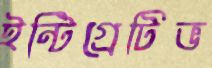
ইন্টিগ্রেটিভ